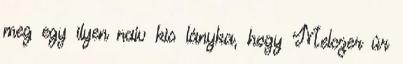
meg egy ilyen naiv kis lányka, hogy Melczer úr